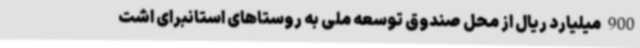
900 میلیارد ریال از محل صندوق توسعه ملی به روستاهای استانبرای اشت